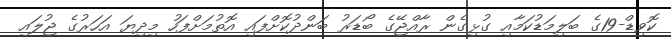
ކޮވިޑް-19ގެ ބަލިމަޑުކަމާއި ގުޅިގެން ރާއްޖޭގެ ބޯޑަރު ބަންދުކޮށްފައި އޮތުމަށްފަހު މިދިޔަ އަހަރުގެ ޖުލައި